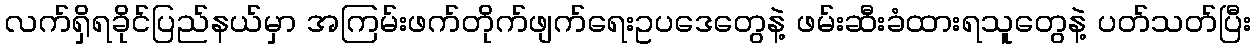
လက်ရှိရခိုင်ပြည်နယ်မှာ အကြမ်းဖက်တိုက်ဖျက်ရေးဥပဒေတွေနဲ့ ဖမ်းဆီးခံထားရသူတွေနဲ့ ပတ်သတ်ပြီး